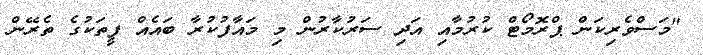
"މަސްވެރިކަން ޕްރޮމޯޓް ކުރުމާއި އަދި ސަރުކާރުން މި މައާފުކުރާ ބައެއް ފީތަކުގެ ތެރޭން